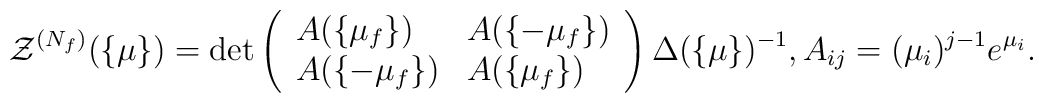
{\cal Z}^{(N_{f})}(\{\mu\}) =\det\left(\begin{array}{ll}A(\{\mu_f\}) & A(\{-\mu_f\})\\A(\{-\mu_f\})  & A(\{\mu_f\})\end{array}\right)\Delta(\{\mu\})^{-1} , A_{ij}= (\mu_i)^{j-1} e^{\mu_i}.